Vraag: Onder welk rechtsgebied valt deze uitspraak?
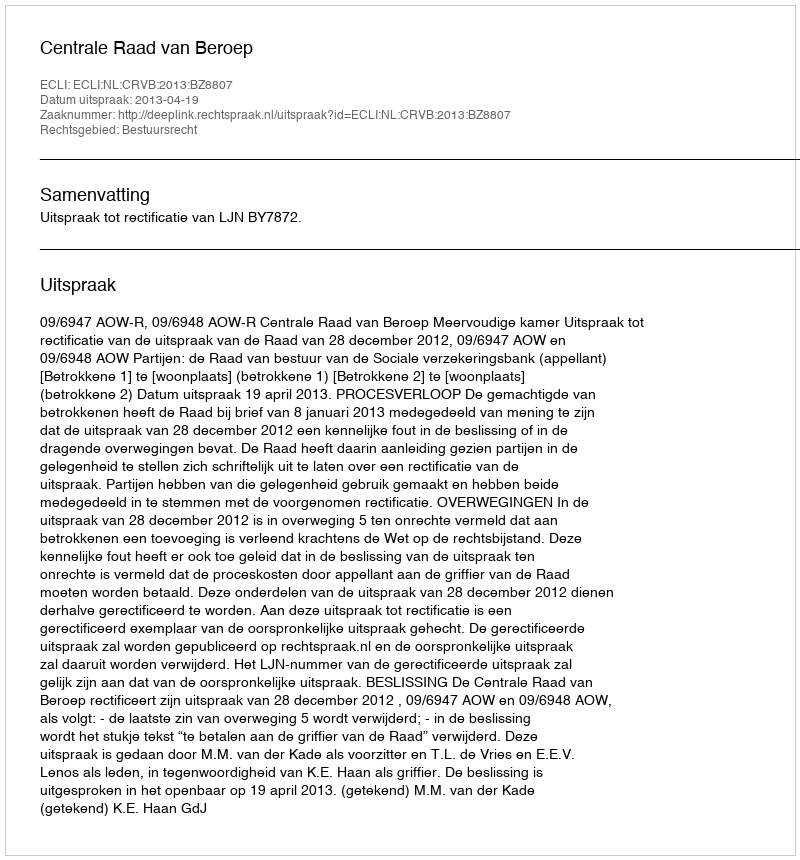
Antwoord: Bestuursrecht